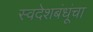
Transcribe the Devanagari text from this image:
स्वदेशबंधूंचा